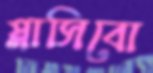
প্লাসিবো